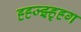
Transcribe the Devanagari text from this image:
ह्ह्ज्झ्ह्ह्ग